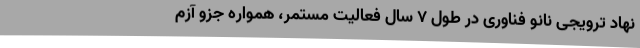
نهاد ترویجی نانو فناوری در طول 7 سال فعالیت مستمر، همواره جزو آزم